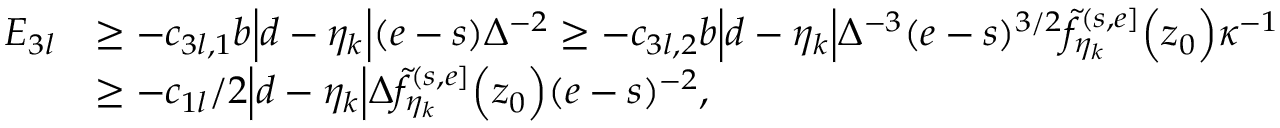
\begin{array} { r l } { E _ { 3 l } } & { \geq - c _ { 3 l , 1 } b \Big | d - \eta _ { k } \Big | ( e - s ) \Delta ^ { - 2 } \geq - c _ { 3 l , 2 } b \Big | d - \eta _ { k } \Big | \Delta ^ { - 3 } ( e - s ) ^ { 3 / 2 } \widetilde { f } _ { \eta _ { k } } ^ { ( s , e ] } \Big ( z _ { 0 } \Big ) \kappa ^ { - 1 } } \\ & { \geq - c _ { 1 l } / 2 \Big | d - \eta _ { k } \Big | \Delta \widetilde { f } _ { \eta _ { k } } ^ { ( s , e ] } \Big ( z _ { 0 } \Big ) ( e - s ) ^ { - 2 } , } \end{array}